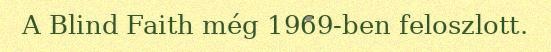
A Blind Faith még 1969-ben feloszlott.